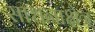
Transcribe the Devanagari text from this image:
साधनाक्षेत्र